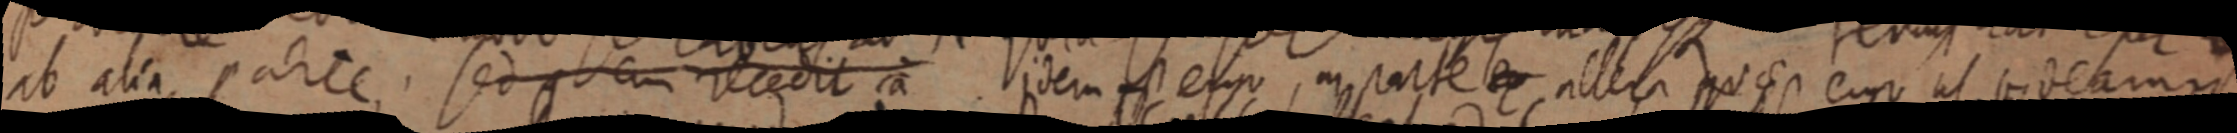
ab alia parte. sed q cum recedit a. idem ess ergo, in parte ex altera quae euro it indearum